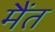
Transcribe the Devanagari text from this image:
मैंत